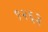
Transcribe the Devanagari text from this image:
९२६३